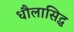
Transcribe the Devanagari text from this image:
धौलासिद्ध